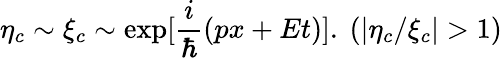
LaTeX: \eta_{c}\sim\xi_{c}\sim\exp[\frac i\hbar(px+Et)].\mathrm{~}(\left|\eta_{c}/\xi_{c}\right|>1)